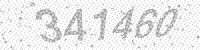
Solution: 341460